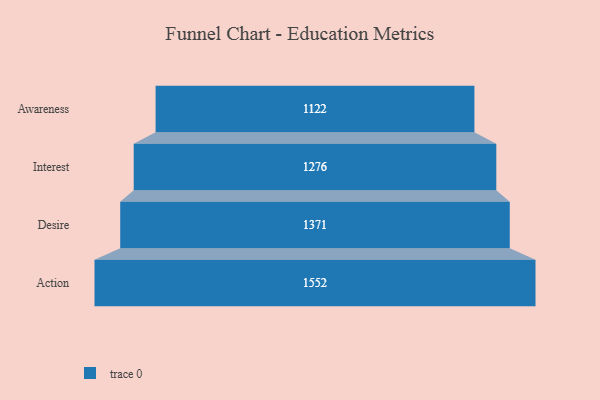
{"axis": {"x": "Stage", "y": "Value"}, "legend": [""], "data": [{"x": "Awareness", "y": 1122.0, "type": ""}, {"x": "Interest", "y": 1276.0, "type": ""}, {"x": "Desire", "y": 1371.0, "type": ""}, {"x": "Action", "y": 1552.0, "type": ""}]}